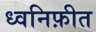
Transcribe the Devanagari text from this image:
ध्वनिफ़ीत